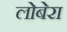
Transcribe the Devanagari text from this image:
लोबेरा